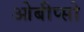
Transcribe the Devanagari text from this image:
ओबीप्‍सो